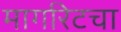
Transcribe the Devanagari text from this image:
मार्गारेटचा